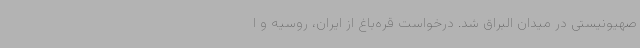
صهیونیستی در میدان البراق شد. درخواست قره‌باغ از ایران، روسیه و ا